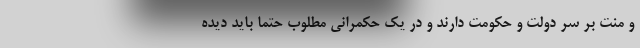
و منت بر سر دولت و حکومت دارند و در یک حکمرانی مطلوب حتماً باید دیده